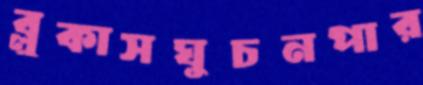
ব্লুকাসঘুচনপার